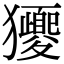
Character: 獿